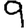
Digit: 9